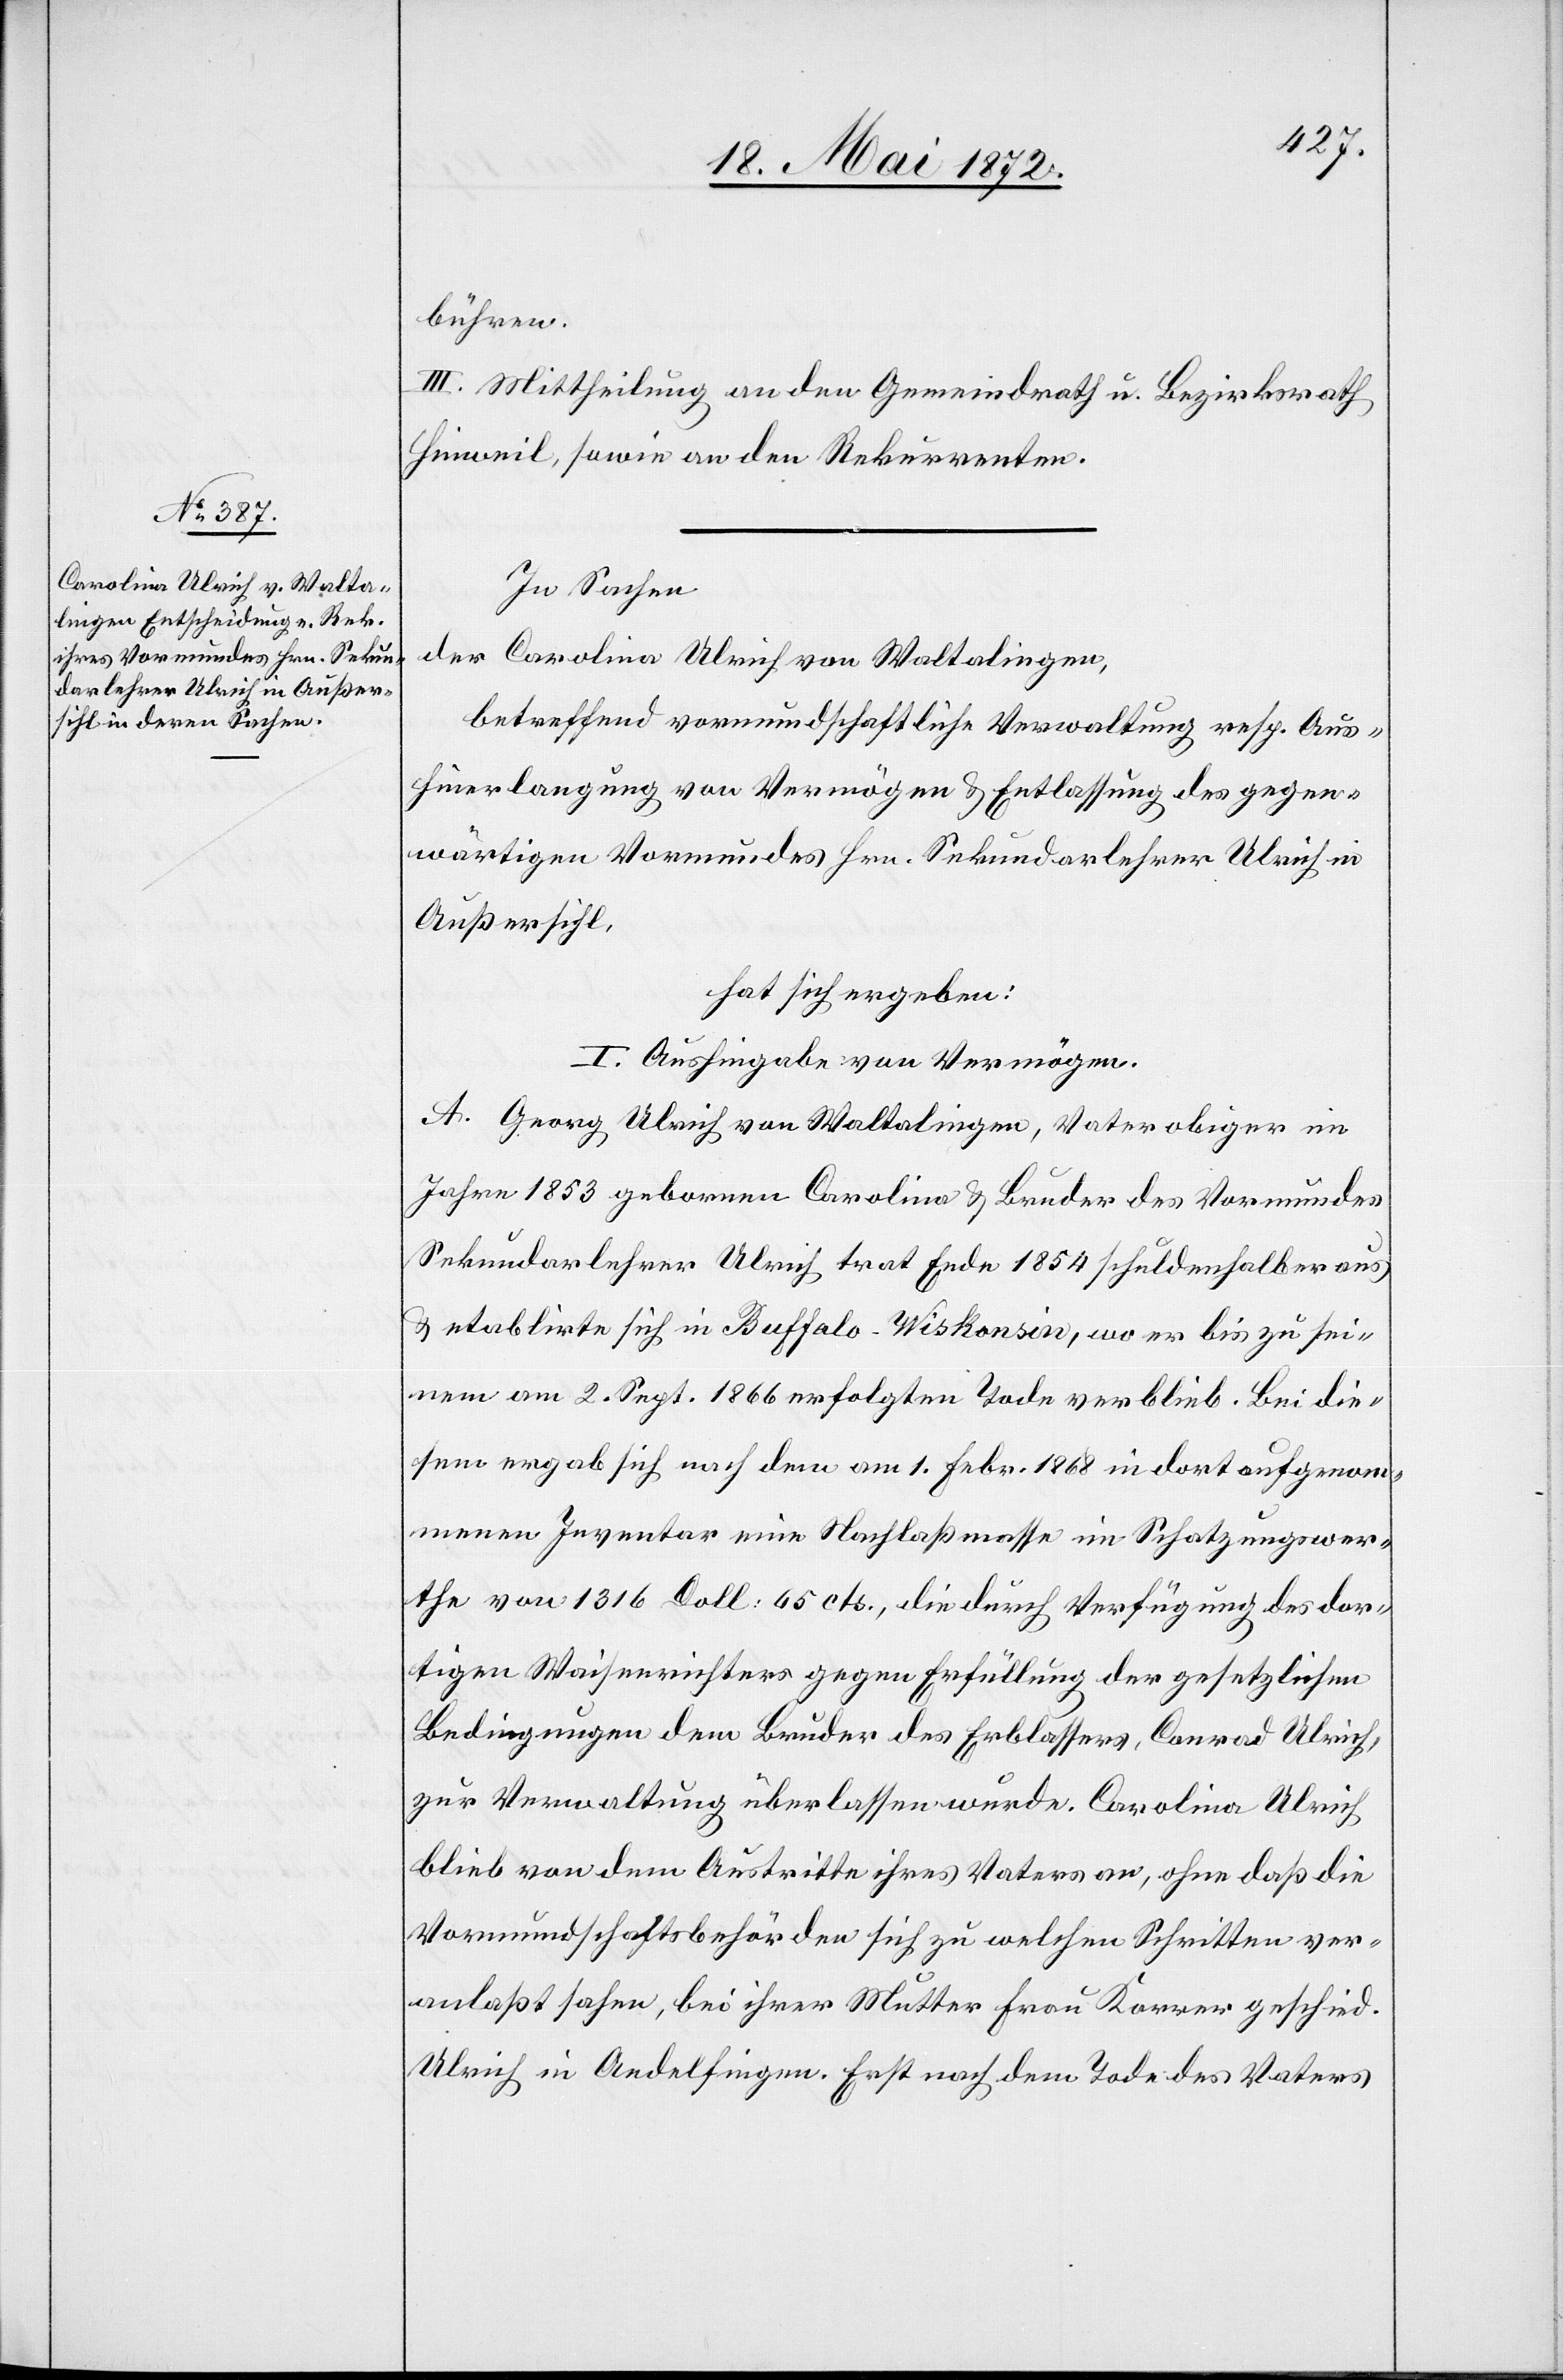
bühren.
III. Mittheilung an den Gemeindrath u. Bezirksrath
Hinweil, sowie an den Rekurrenten.
In Sachen
der Carolina Ulrich von Waltalingen,
betreffend vormundschaftliche Verwaltung resp. Aus¬
hinerlangung von Vermögen u. Entlassung des gegen¬
wärtigen Vormundes Hrn. Sekundarlehrer Ulrich in
Außersihl,
hat sich ergeben:
I. Aushingabe von Vermögen.
A. Georg Ulrich von Waltalingen, Vater obiger im
Jahre 1853 gebornen Carolina u. Bruder des Vormundes
Sekundarlehrer Ulrich trat Ende 1854 schuldenhalber aus
u. etablirte sich in Buffalo-Wiskonsin, wo er bis zu sei¬
nem am 2. Sept. 1866 erfolgten Tode verblieb. Bei die¬
sem ergab sich nach dem am 1. Febr. 1868 in dort aufgenom¬
menen Inventar eine Nachlaßmasse im Schatzungswer¬
the von 1316 Doll. 65 cts., die durch Verfügung des dor¬
tigen Waisenrichters gegen Erfüllung der gesetzlichen
Bedingungen dem Bruder des Erblassers, Conrad Ulrich,
zur Verwaltung überlassen wurde. Carolina Ulrich
blieb von dem Austritte ihres Vaters an, ohne daß die
Vormundschaftsbehörden sich zu welchen Schritten ver¬
anlaßt sahen, bei ihrer Mutter Frau Korrer[,] geschied.
Ulrich in Andelfingen. Erst nach dem Tode des Vaters